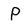
Character: P